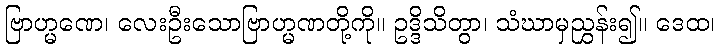
ဗြာဟ္မဏေ၊ လေးဦးသောဗြာဟ္မဏတို့ကို။ ဥဒ္ဒိသိတွာ၊ သံဃာမှညွှန်း၍။ ဒေထ၊